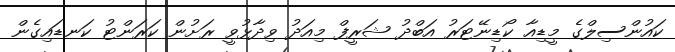
ކައުންސިލްގެ މީޑިއާ ކޯޑިނޭޓަރު އަބްދު ޝަރީފް މިއަދު ވިދާޅުވީ ރަށުން ކަރަންޓު ކަނޑައިގެން